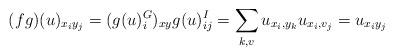
LaTeX: \begin{align*}(fg)(u)_{x_i y_j} &= (g(u)_i^G)_{xy} g(u)^I_{ij} = \sum_{k,v} u_{x_i, y_k} u_{x_i, v_j} = u_{x_i y_j} \end{align*}